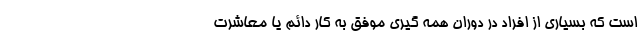
است که بسیاری از افراد در دوران همه گیری موفق به کار دائم یا معاشرت